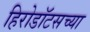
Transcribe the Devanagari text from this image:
हिरोडॉटसच्या